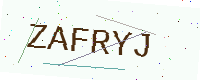
Text: ZAFRYJ